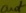
Text: out